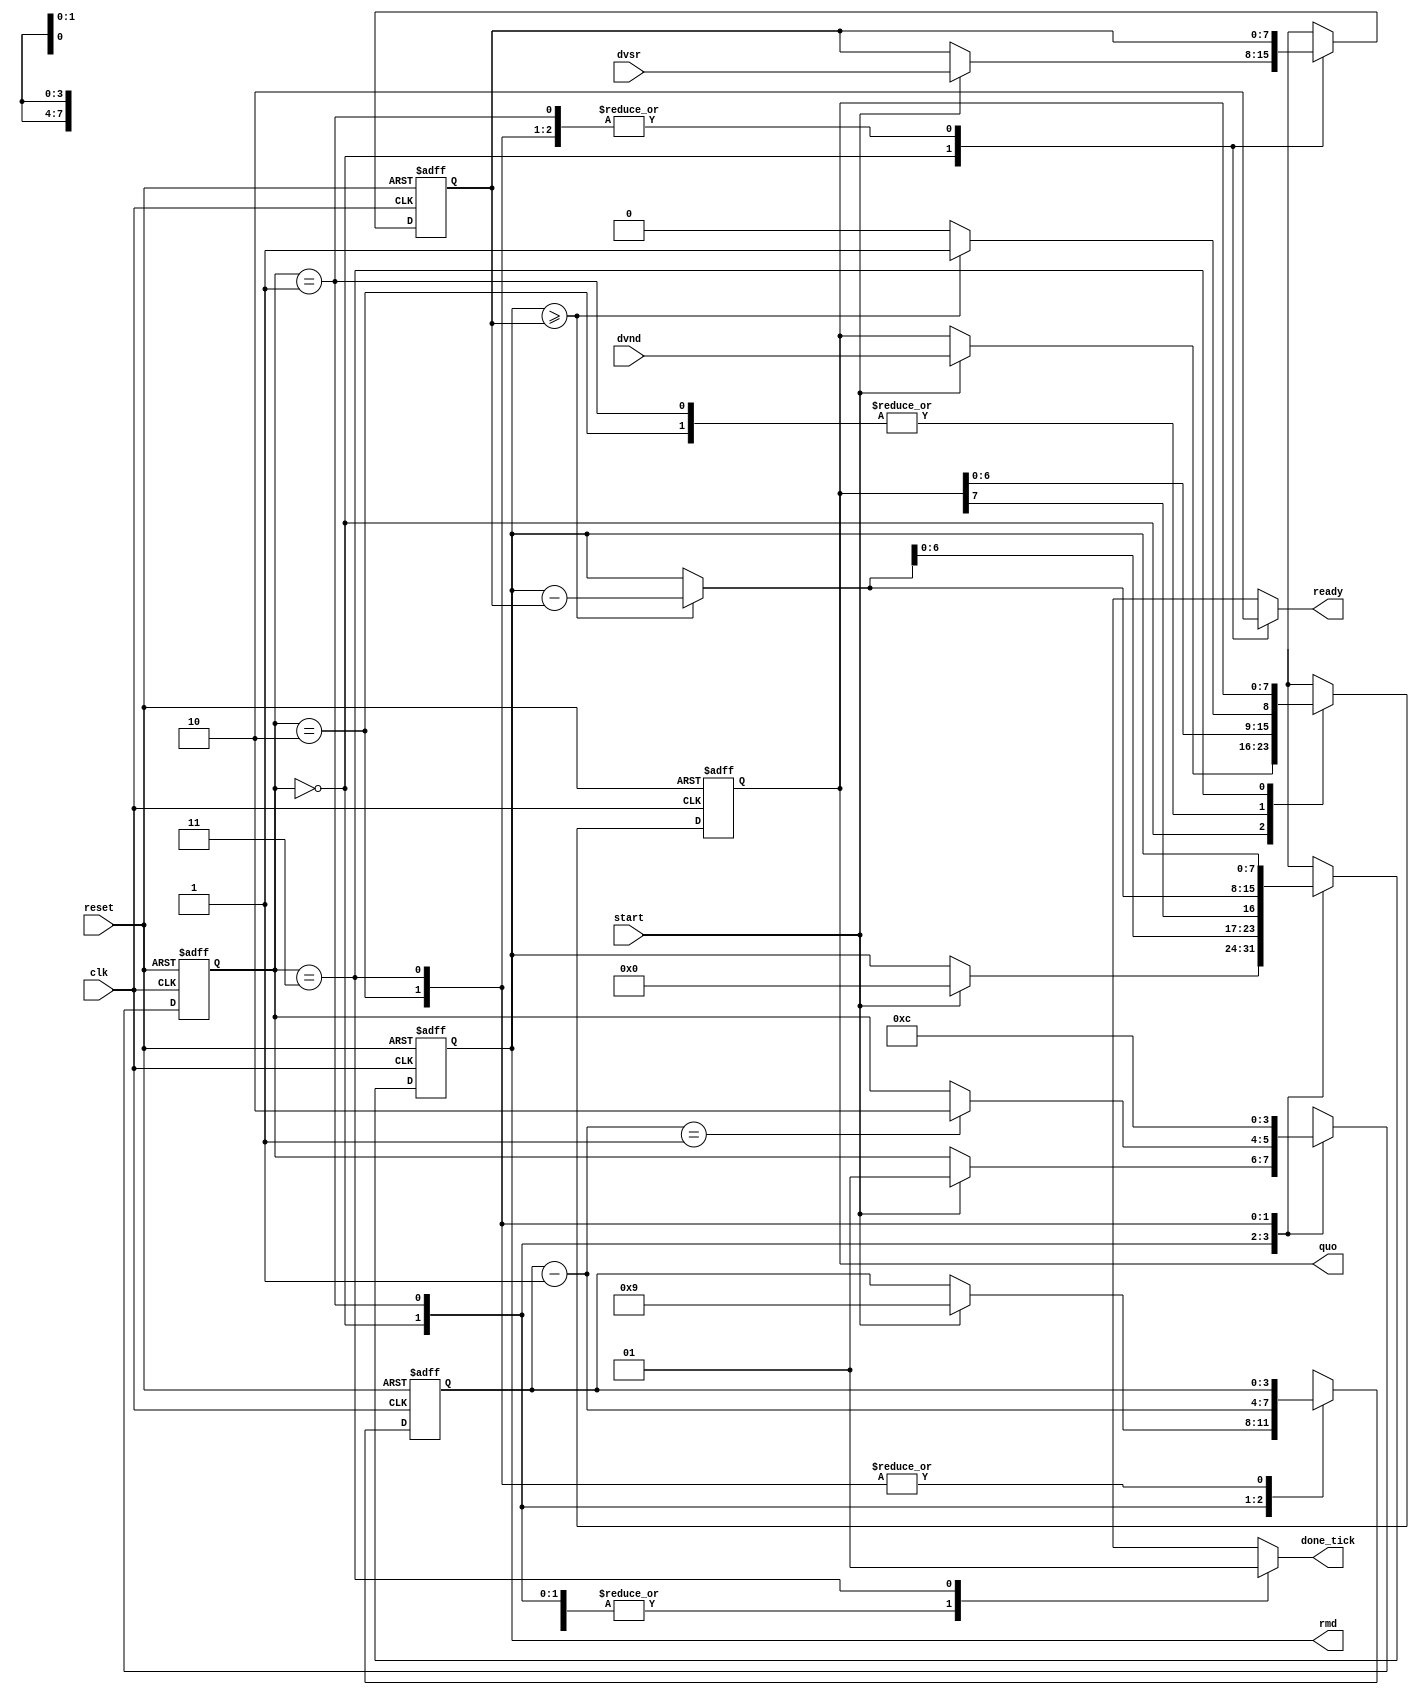
module div
	#(
		parameter W = 8,
		          CBIT = 4	// CBIT = log2(W) + 1
	)
	(
		input wire clk, reset,
		input wire start,
		input wire [W-1:0] dvsr, dvnd,
		output reg ready, done_tick,
		output wire [W-1:0] quo, rmd
	);

	// symbolic state declaration
	localparam [1:0]
		idle = 2'b00,
		op   = 2'b01,
		last = 2'b10,
		done = 2'b11;
	
	// signal declaration
	reg [1:0] state_reg, state_next;
	reg [W-1:0] rh_reg, rh_next, rl_reg, rl_next, rh_tmp;
	reg [W-1:0] d_reg, d_next;
	reg [CBIT-1:0] n_reg, n_next;
	reg q_bit;

	// body
	// FSMD state and data registers
	always @(posedge clk, posedge reset)
		if (reset)
			begin
				state_reg <= idle;
				rh_reg <= 0;
				rl_reg <= 0;
				d_reg <= 0;
				n_reg <= 0;
			end
		else
			begin
				state_reg <= state_next;
				rh_reg <= rh_next;
				rl_reg <= rl_next;
				d_reg <= d_next;
				n_reg <= n_next;
			end
	
	always @*
	begin
		state_next = state_reg;
		ready = 1'b0;
		done_tick = 1'b0;
		rh_next = rh_reg;
		rl_next = rl_reg;
		d_next = d_reg;
		n_next = n_reg;
		case (state_reg)
			idle:
				begin
					ready = 1'b1;
					if (start)
						begin
							rh_next = 0;
							rl_next = dvnd;		// dividend
							d_next = dvsr;		// divisor
							n_next = W + 1;		// index
							state_next = op;
						end
				end
			op:
				begin
					// shift rh and rl left
					rl_next = {rl_reg[W-2:0], q_bit};
					rh_next = {rh_tmp[W-2:0], rl_reg[W-1]};
					// decrease index
					n_next = n_reg - 1;
					if (n_next == 1)
						state_next = last;
				end
			last:	// last iteration
				begin
					rl_next = {rl_reg[W-2:0], q_bit};
					rh_next = rh_tmp;
					state_next = done;
				end
			done:
				begin
					done_tick = 1'b1;
					state_next = idle;
				end
			default: state_next = idle;
		endcase
	end

	// compare and subtract circuit
	always @*
		if (rh_reg >= d_reg)
			begin
				rh_tmp = rh_reg - d_reg;
				q_bit = 1'b1;
			end
		else
			begin
				rh_tmp = rh_reg;
				q_bit = 1'b0;
			end
	
	// output
	assign quo = rl_reg;
	assign rmd = rh_reg;
endmodule